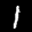
Label: 1